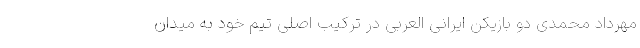
مهرداد محمدی دو بازیکن ایرانی العربی در ترکیب اصلی تیم خود به میدان